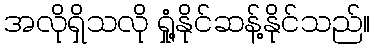
အလိုရှိသလို ရှုံ့နိုင်ဆန့်နိုင်သည်။